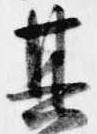
其